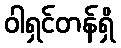
ဝါရှင်တန်ရှိ